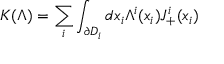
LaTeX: K ( \Lambda ) = \sum _ { i } \int _ { \partial D _ { i } } d x _ { i } \Lambda ^ { i } ( x _ { i } ) J _ { + } ^ { i } ( x _ { i } )